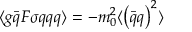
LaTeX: \langle g \bar { q } F \sigma q q q \rangle = - m _ { 0 } ^ { 2 } \langle \left( \bar { q } q \right) ^ { 2 } \rangle